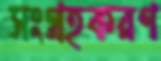
সংগ্রহকরণ